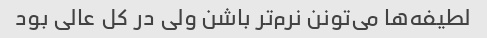
لطیفه‌ها می‌تونن نرم‌تر باشن ولی در کل عالی بود